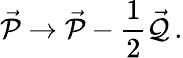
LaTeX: \vec{\cal P}\rightarrow\vec{\cal P}-\frac{1}{2}\vec{\cal Q}\, .